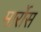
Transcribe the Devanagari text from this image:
मार्रोस